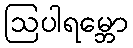
ဩပါရမ္ဘော